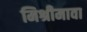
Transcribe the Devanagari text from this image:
मिश्रीमावा